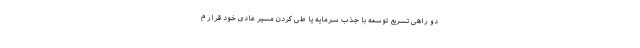
دو راهی تسریع توسعه با جذب سرمایه یا طی کردن مسیر عادی خود قرار م